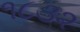
૧૮૩૨